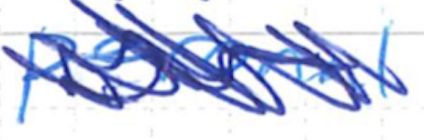
Text: personal
Cross-out: scratch
Writing tool: ballpoint